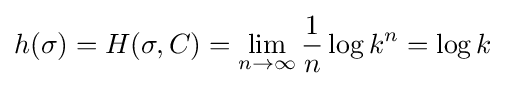
h(\sigma )=H(\sigma ,C)=\lim _{n\rightarrow \infty }{\frac {1}{n}}\log k^{n}=\log k